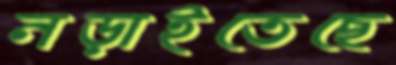
নড়াইতেছে